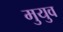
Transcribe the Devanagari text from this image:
मुयुव